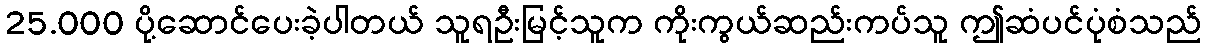
25.000 ပို့ဆောင်ပေးခဲ့ပါတယ် သူရဦးမြင့်သူက ကိုးကွယ်ဆည်းကပ်သူ ဤဆံပင်ပုံစံသည်